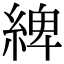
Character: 綼